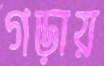
গড়ায়